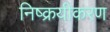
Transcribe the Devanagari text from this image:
निष्क्रयीकरण